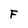
Character: F